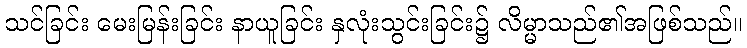
သင်ခြင်း မေးမြန်းခြင်း နာယူခြင်း နှလုံးသွင်းခြင်း၌ လိမ္မာသည်၏အဖြစ်သည်။